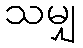
သမျှ